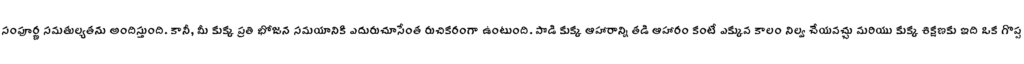
సంపూర్ణ సమతుల్యతను అందిస్తుంది. కానీ, మీ కుక్క ప్రతి భోజన సమయానికి ఎదురుచూసేంత రుచికరంగా ఉంటుంది. పొడి కుక్క ఆహారాన్ని తడి ఆహారం కంటే ఎక్కువ కాలం నిల్వ చేయవచ్చు మరియు కుక్క శిక్షణకు ఇది ఒక గొప్ప